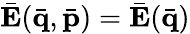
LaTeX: \bar{\mathbf E}(\bar{\mathbf q},\bar{\mathbf p})=\bar{\mathbf E}(\bar{\mathbf q})